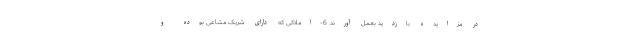
در مزایده بازدید بعمل آورند. 6-املاکی که دارای شريک مشاعی بوده و